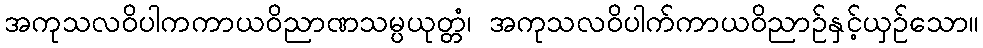
အကုသလဝိပါကကာယဝိညာဏသမ္ပယုတ္တံ၊ အကုသလဝိပါက်ကာယဝိညာဉ်နှင့်ယှဉ်သော။